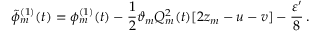
\tilde { \phi } _ { m } ^ { ( 1 ) } ( t ) = \phi _ { m } ^ { ( 1 ) } ( t ) - \frac { 1 } { 2 } \vartheta _ { m } Q _ { m } ^ { 2 } ( t ) [ 2 z _ { m } - u - v ] - \frac { \varepsilon ^ { \prime } } { 8 } \, .